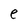
Character: e